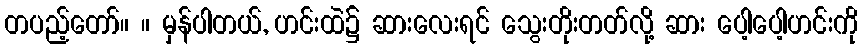
တပည့်တော်။ ။ မှန်ပါတယ်, ဟင်းထဲ၌ ဆားလေးရင် သွေးတိုးတတ်လို့ ဆား ပေါ့ပေါ့ဟင်းကို